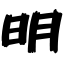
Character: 明